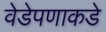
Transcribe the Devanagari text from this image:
वेडेपणाकडे